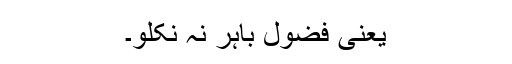
یعنی فضول باہر نہ نکلو۔